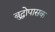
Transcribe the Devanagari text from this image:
बुद्धोपासक